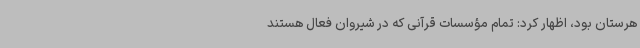
هرستان بود، اظهار کرد: تمام مؤسسات قرآنی که در شیروان فعال هستند